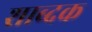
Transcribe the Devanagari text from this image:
शाब्दक